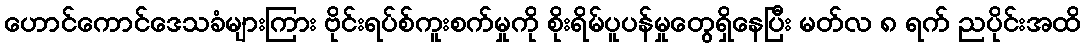
ဟောင်ကောင်ဒေသခံများကြား ဗိုင်းရပ်စ်ကူးစက်မှုကို စိုးရိမ်ပူပန်မှုတွေရှိနေပြီး မတ်လ ၈ ရက် ညပိုင်းအထိ